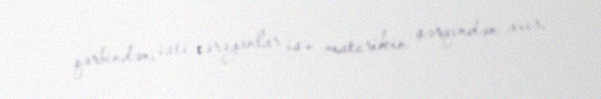
qərbindən, isti cərəyanlar isə materikin şərqindən axır.